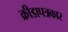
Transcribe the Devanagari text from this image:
क्रीडापत्रकार